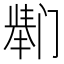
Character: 𫔸